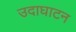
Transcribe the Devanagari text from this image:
उदाघाटन